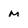
Character: m